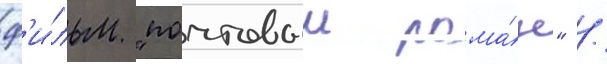
ф'и́льм "почтовыи рома́н" /